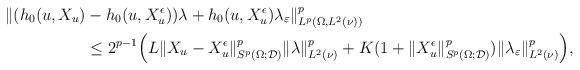
LaTeX: \begin{align*}\| (h_0(u,X_u)&-h_0(u,X_u^{\epsilon}))\lambda+h_0(u,X_u^{\epsilon})\lambda_{\varepsilon}\|^p_{L^p(\Omega,L^2(\nu))}\\&\leq 2^{p-1}\Big(L\| X_u-X_u^{\epsilon}\|^p_{S^p(\Omega;\mathcal{D})}\|\lambda\|^p_{L^2(\nu)} +K(1+\| X_u^{\epsilon}\|^p_{S^p(\Omega;\mathcal{D})})\|\lambda_{\varepsilon}\|^p_{L^2(\nu)}\Big),\end{align*}